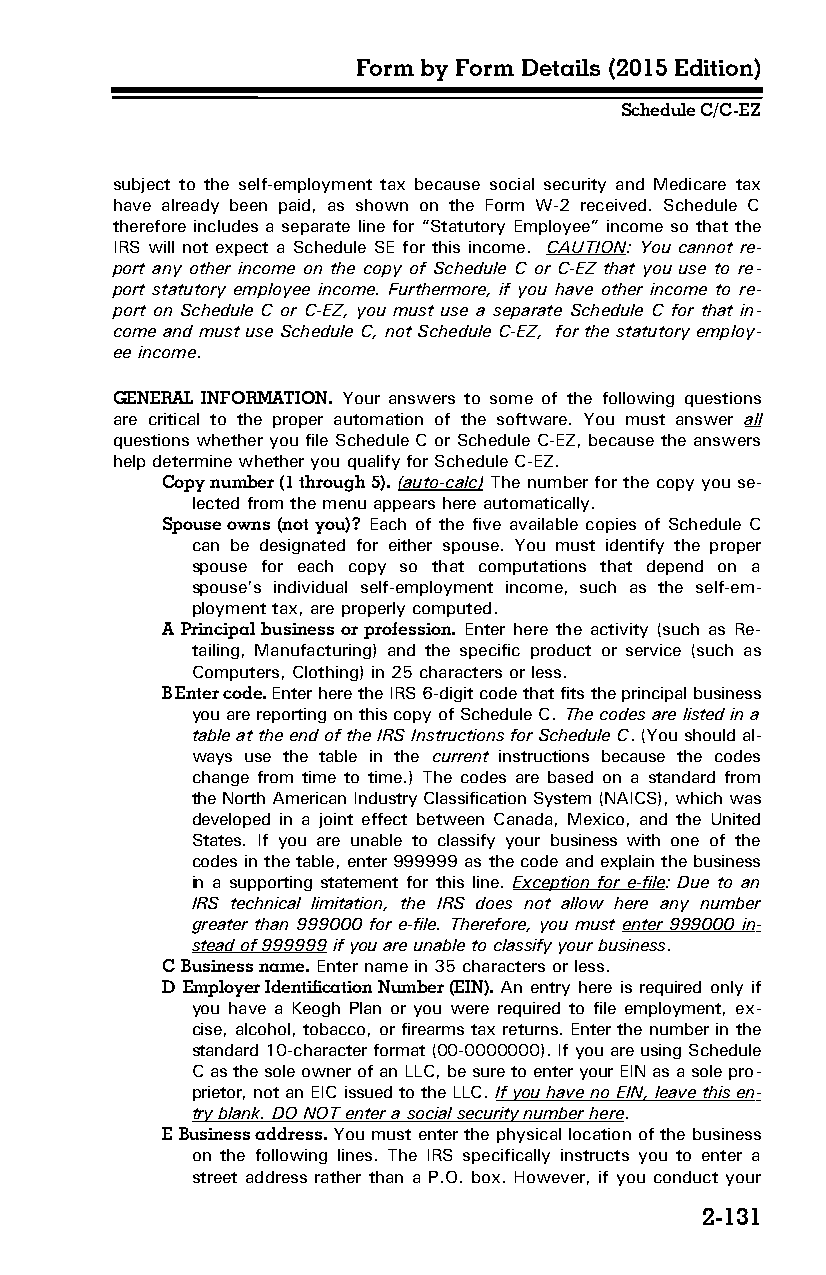
Form by Form Details (2015 Edition)
 Schedule C/C-EZ
 subject to the self-employment tax because social security and Medicare tax
 have already been paid, as shown on the Form W-2 received. Schedule C
 therefore includes a separate line for “Statutory Employee” income so that the
 IRS will not expect a Schedule SE for this income. CAUTION: You cannot re­
 port any other income on the copy of Schedule C or C-EZ that you use to re­
 port statutory employee income. Furthermore, if you have other income to re­
 port on Schedule C or C-EZ, you must use a separate Schedule C for that in­
 come and must use Schedule C, not Schedule C-EZ, for the statutory employ­
 ee income.
 GENERAL INFORMATION. Your answers to some of the following questions
 are critical to the proper automation of the software. You must answer all
 questions whether you file Schedule C or Schedule C-EZ, because the answers
 help determine whether you qualify for Schedule C-EZ.
 Copy number (1 through 5). (auto-calc) The number for the copy you se­
 lected from the menu appears here automatically.
 Spouse owns (not you)? Each of the five available copies of Schedule C
 can be designated for either spouse. You must identify the proper
 spouse for each copy so that computations that depend on a
 spouse’s individual self-employment income, such as the self-em­
 ployment tax, are properly computed.
 A Principal business or profession. Enter here the activity (such as Re­
 tailing, Manufacturing) and the specific product or service (such as
 Computers, Clothing) in 25 characters or less.
 B Enter code. Enter here the IRS 6-digit code that fits the principal business
 you are reporting on this copy of Schedule C. The codes are listed in a
 table at the end of the IRS Instructions for Schedule C. (You should al­
 ways use the table in the current instructions because the codes
 change from time to time.) The codes are based on a standard from
 the North American Industry Classification System (NAICS), which was
 developed in a joint effect between Canada, Mexico, and the United
 States. If you are unable to classify your business with one of the
 codes in the table, enter 999999 as the code and explain the business
 in a supporting statement for this line. Exception for e-file: Due to an
 IRS technical limitation, the IRS does not allow here any number
 greater than 999000 for e-file. Therefore, you must enter 999000 in­
 stead of 999999 if you are unable to classify your business.
 C Business name. Enter name in 35 characters or less.
 D Employer Identification Number (EIN). An entry here is required only if
 you have a Keogh Plan or you were required to file employment, ex­
 cise, alcohol, tobacco, or firearms tax returns. Enter the number in the
 standard 10-character format (00-0000000). If you are using Schedule
 C as the sole owner of an LLC, be sure to enter your EIN as a sole pro­
 prietor, not an EIC issued to the LLC. If you have no EIN, leave this en­
 try blank. DO NOT enter a social security number here.
 E Business address. You must enter the physical location of the business
 on the following lines. The IRS specifically instructs you to enter a
 street address rather than a P.O. box. However, if you conduct your
 2-131